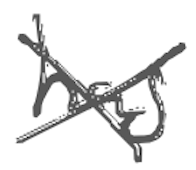
Text: has
Cross-out: cross
Writing tool: digital_gray